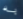
به